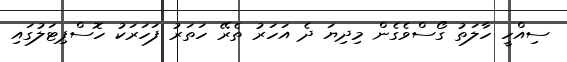
ސިއްހީ ހާލަތު ގޯސްވެގެން މިދިޔަ ދެ އަހަރު ތެރޭ ހަތަރު ފަހަރަކު ހޮސްޕިޓަލުގައި